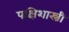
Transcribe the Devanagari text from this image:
पक्षिशास्त्री